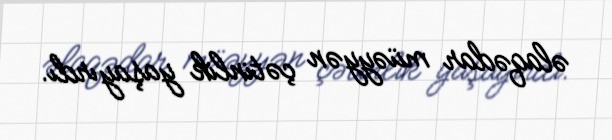
əlaqədar müəyyən çətinlik yaşayırdı.